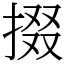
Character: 掇